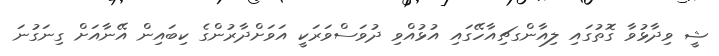
ޝީ ވިދާޅުވާ ގޮތުގައި ލިއާންގޗިއާހޭގައި އުޅުއްވި ދުވަސްވަރަކީ އަވަށްދާރުންގެ ކިބައިން އޭނާއަށް ގިނަގުނަ